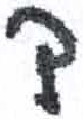
אות: ק